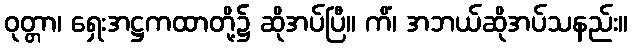
ဝုတ္တာ၊ ရှေးအဋ္ဌကထာတို့၌ ဆိုအပ်ပြီ။ ကိံ၊ အဘယ်ဆိုအပ်သနည်း။